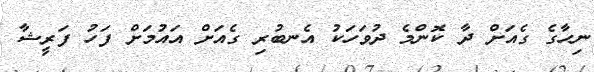
ނިހާގެ ގެއަށް ދާ ކޮންމެ ދުވަހަކު އެނބުރި ގެއަށް އައުމަށް ފަހު ފަރީޝާ